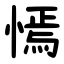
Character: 㥼